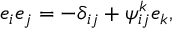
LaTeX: e _ { i } e _ { j } = - \delta _ { i j } + \psi _ { i j } ^ { k } e _ { k } ,